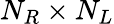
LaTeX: N_{R}\times N_{L}